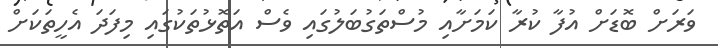
ވަރަށް ބޮޑަށް އުފާ ކުރާ ކަމަށާއި މުސްތަގުބަލުގައި ވެސް އަތޮޅުތަކުގައި މިފަދަ އެހީތަކަށް